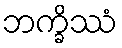
ဘက္ခိဿံ